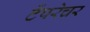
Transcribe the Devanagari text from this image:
टेंपरेचर